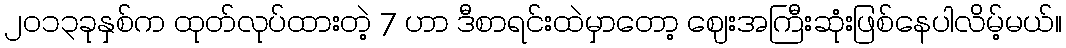
၂၀၁၃ခုနှစ်က ထုတ်လုပ်ထားတဲ့ 7 ဟာ ဒီစာရင်းထဲမှာတော့ ဈေးအကြီးဆုံးဖြစ်နေပါလိမ့်မယ်။